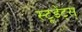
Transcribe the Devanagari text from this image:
स्टूडेंट्स्